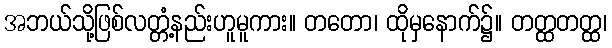
အဘယ်သို့ဖြစ်လတ္တံ့နည်းဟူမူကား။ တတော၊ ထိုမှနောက်၌။ တတ္ထတတ္ထ၊